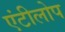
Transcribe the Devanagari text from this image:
एंटीलोप